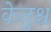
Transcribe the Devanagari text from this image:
केतुश्च